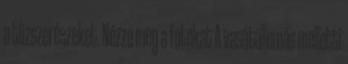
a tűzszerészeket. Nézze meg a fotókat A vasútállomás melletti